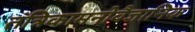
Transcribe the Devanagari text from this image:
तंत्रिकामनोवैज्ञानिक